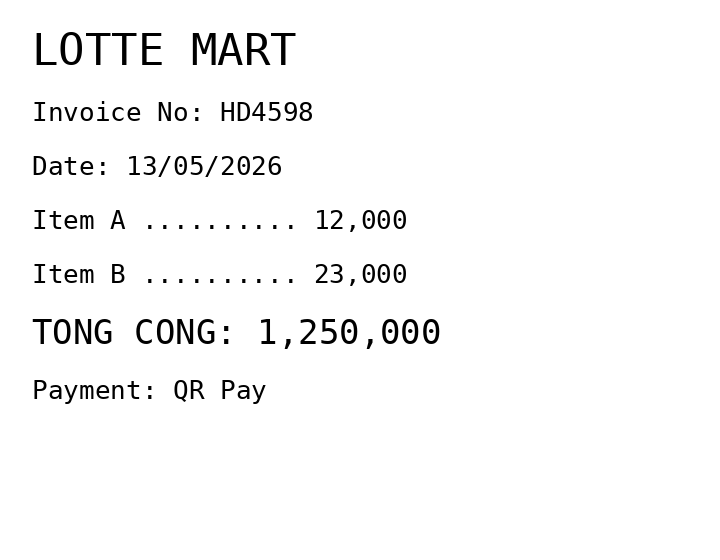
LOTTE MART
Invoice No: HD4598
Date: 13/05/2026
Item A .......... 12,000
Item B .......... 23,000
TONG CONG: 1,250,000
Payment: QR Pay
Merchant: lotte mart
Date: 2026-05-13
Total: 1250000
Invoice No: HD4598
Payment method: QR